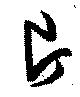
片